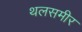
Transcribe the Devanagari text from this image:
थलसमीर